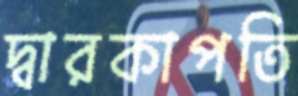
দ্বারকাপতি